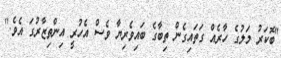
"ބޮކަރު މަލުގެ ހާރެއް ގަތައިގެން ތިބާގެ ބައިވެރިޔާ ވެސް އެހުރީ އިންތިޒާރުގަ އެވެ."